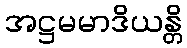
အဋ္ဌမမာဒိယန္တိ